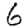
Digit: 6